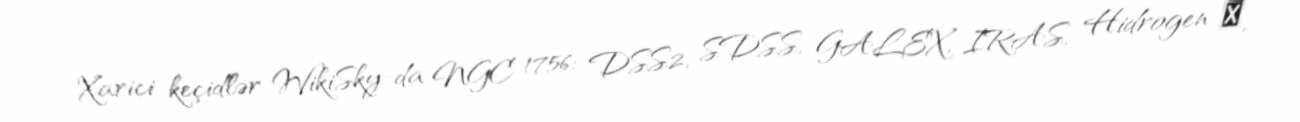
Xarici keçidlər WikiSky-da NGC 1756: DSS2, SDSS, GALEX, IRAS, Hidrogen α,